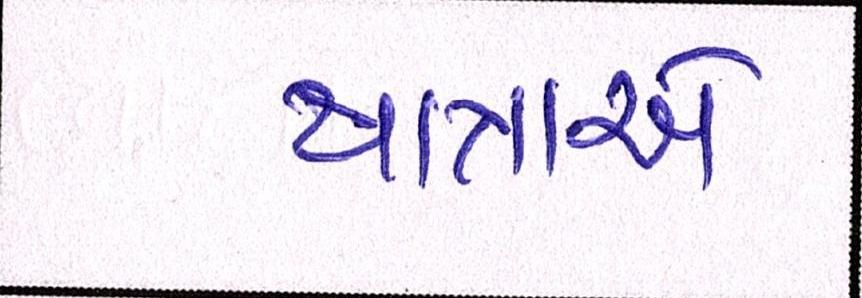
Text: યાત્રાએ